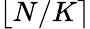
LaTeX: \lfloor N/K\rceil